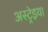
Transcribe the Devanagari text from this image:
अस्ट्रेइया